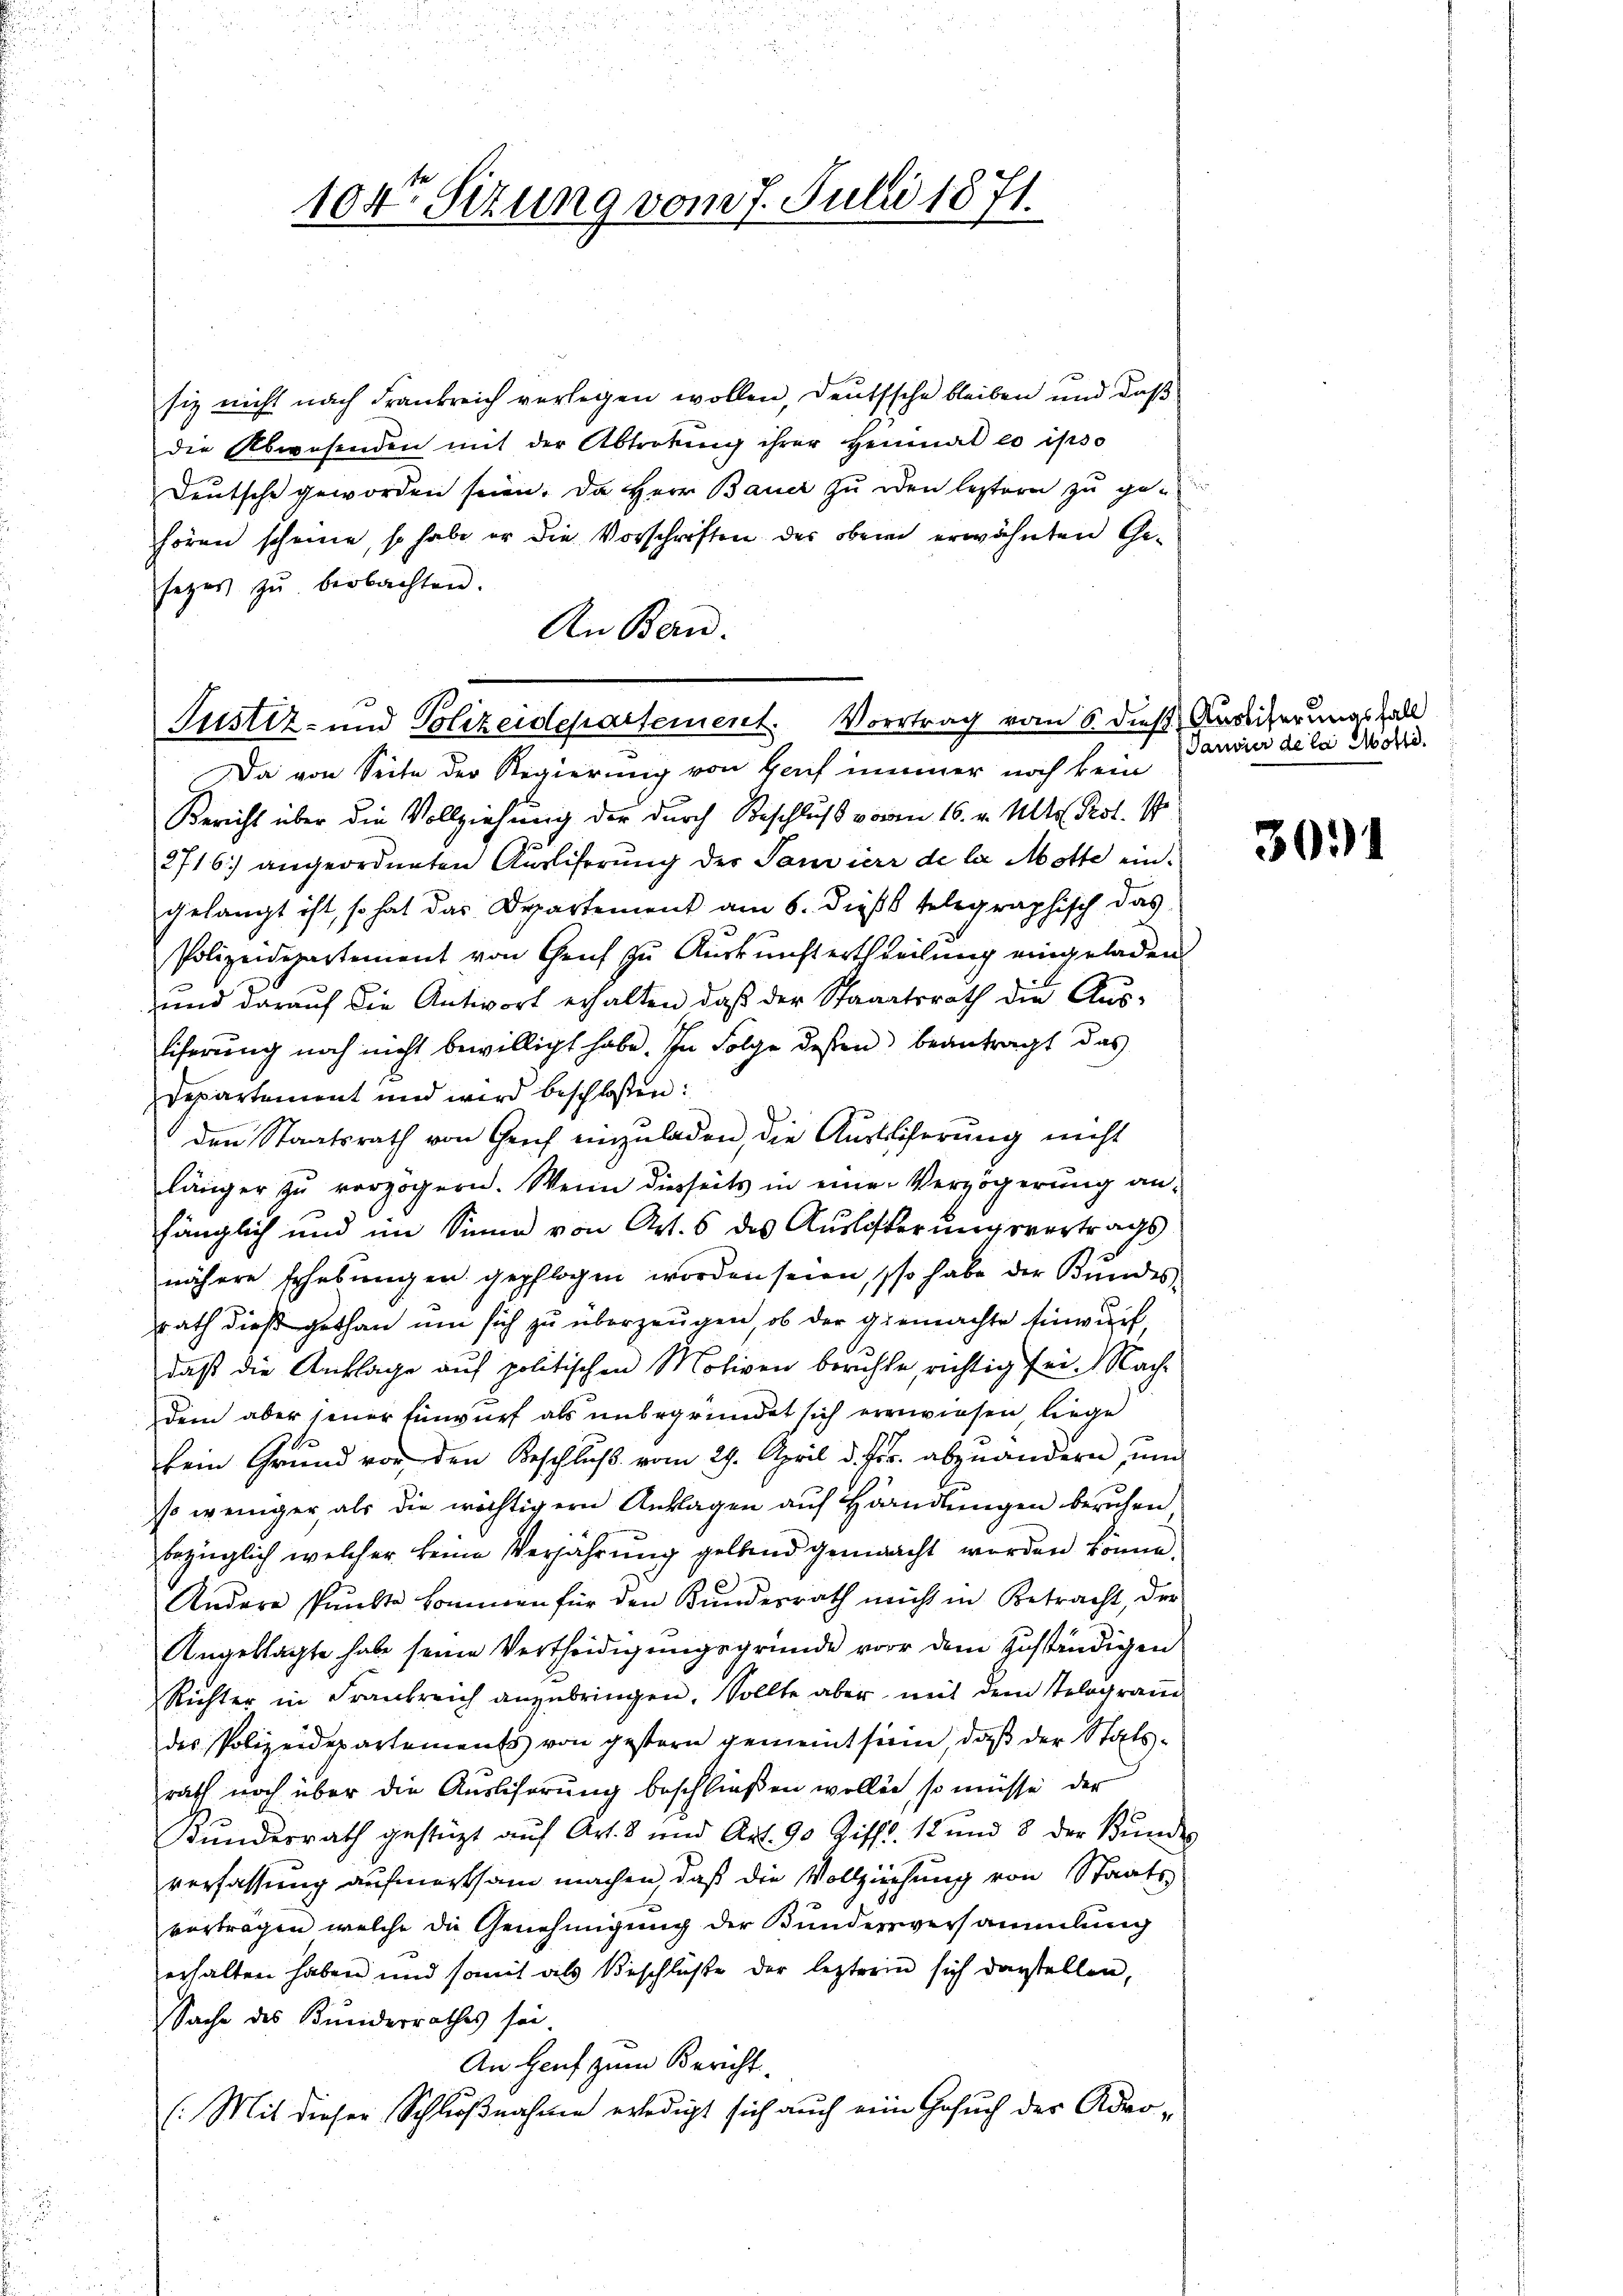
104te Sitzung vom 7. Julii 1871.

siz nicht nach Frankreich verlegen wollen, deutsche bleiben und daß
die Abwesenden mit der Abtretŭng ihrer Heimat eo ipso
Deutsche geworden seien. Da Herr Bauer zu den leztern zu gehören scheine, so habe er die Vorschriften der oben erwähnten Gesezes zŭ beobachten.
An Bern.

Da von Seite der Regierung von Gauf immer noch kein
Bericht über die Vollziehung der durch Beschluß vom 16. v. Mts. Prot.
2716) angeordneten Ausliferŭng der Sanvierr de la Motte ein-
gelangt ist, so hat das Departement am 6. dieß telegraphisch das
Polizeidepartement von Genf zu Auskunft ertheilung eingeladen
und darauf die Antwort erhalten, daß der Staaatsrath die Ausliferung noch nicht bewilligt habe. In Folge dessen beantragt das
Departement und wird beschlossen:
den Staatsrath von Gruf einzuladen, die Ausbliferung nicht
länger zu verzögern. Wenn diesseits in einer Verzögerung anfänglich und im Sinne von Art. 6 des Auslösterungsvertrags
nähere Erhebŭngen gepflogen worden seien, so habe der Kundes,
rath dieß gethan um sich zu überzeugen, ob der gemachte Einwurf
daß die Anklage auf politischen Motiven beruhte, richtig sei. Nachdem aber jener Einwurf als unbegründet sich erwiesen, liege
kein Grund vor den Beschluß vom 29. April d. Js. abzuändern zum
so weniger, als die wichtigern Anklagen auf Handlungen beruhen
bezüglich welcher keine Verjährung geltend gemacht worden könne.
Andere Punkte kommen für den Kundesrath nicht in Betracht, der
Angeklagte habe seine Vertheidigungsgründe vor dem zuständigen
Richter in Frankreich anzubringen. Sollte aber mit dem Tologram
des Polizeidepartements von gestern gemeint sein, daß der Statsrath noch über die Ausliserung beschließen wollen, so müsse der
Kundesrath gestüzt auf Art. 8 und Art. 90 Ziff. 12 und 8 der Bŭndes
verfassung aufmerksam machen, daß die Vollziehung von Staatsvertragen welche die Genehmigung der Bundesversammlung
erhalten haben und somit als Beschlüße der lezteren sich darstellen,
Sache des Kinderrathes sei.
An Heuf zum Bericht
(Mit dieser Schlußnahme erledigt sich auch eine Gesuch der Adro¬

Justiz- und Polizeidepartement. Vortrag vom 6. dieß Auseiserungsfall

Janvier de la Motte

301